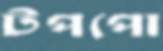
টপপো